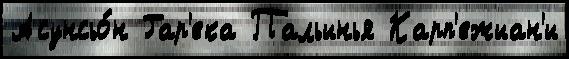
Асунсьо́н Гар'ека Пальинья Карп'ежиан'и